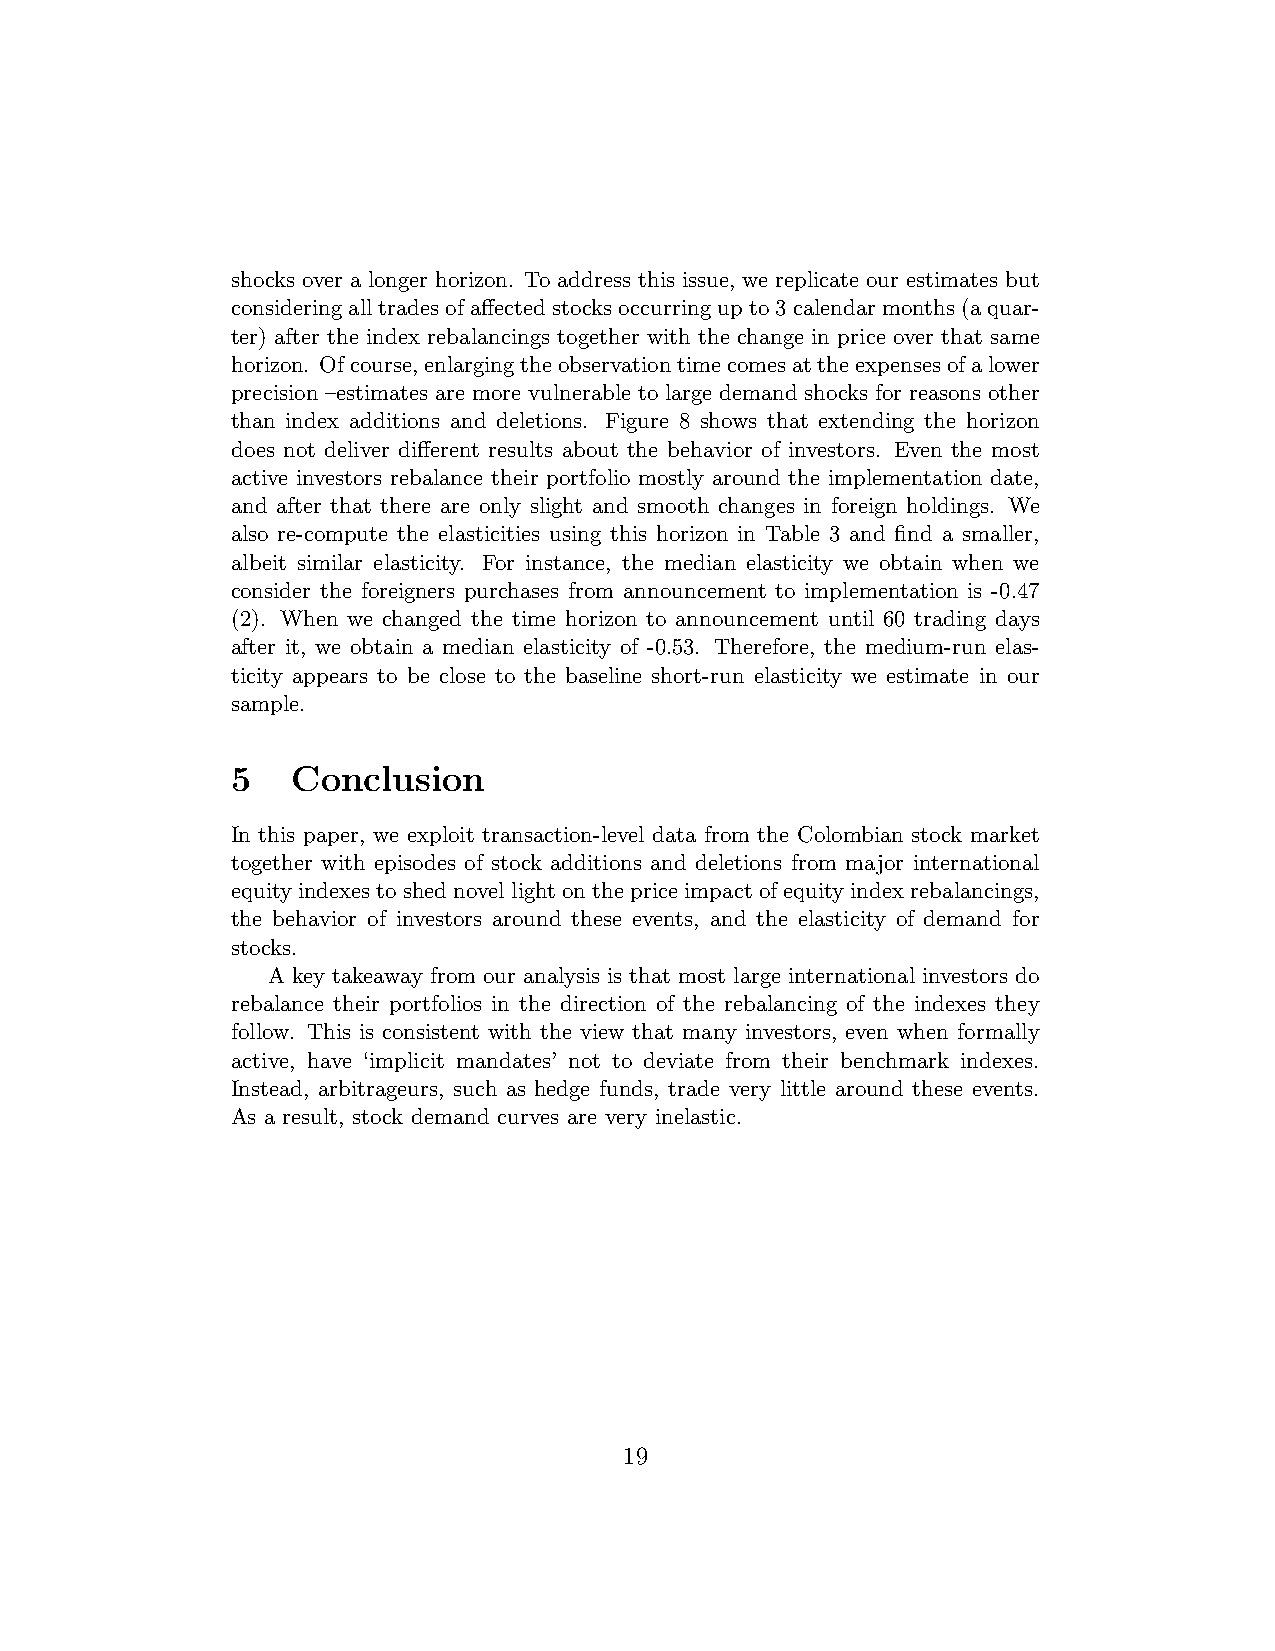
shocks over a longer horizon. To address this issue, we replicate our estimates but
 consideringalltradesofaffectedstocksoccurringupto3calendarmonths(aquar-
 ter) after the index rebalancings together with the change in price over that same
 horizon. Ofcourse,enlargingtheobservationtimecomesattheexpensesofalower
 precision –estimates are more vulnerable to large demand shocks for reasons other
 than index additions and deletions. Figure 8 shows that extending the horizon
 does not deliver different results about the behavior of investors. Even the most
 active investors rebalance their portfolio mostly around the implementation date,
 and after that there are only slight and smooth changes in foreign holdings. We
 also re-compute the elasticities using this horizon in Table 3 and find a smaller,
 albeit similar elasticity. For instance, the median elasticity we obtain when we
 consider the foreigners purchases from announcement to implementation is -0.47
 (2). When we changed the time horizon to announcement until 60 trading days
 after it, we obtain a median elasticity of -0.53. Therefore, the medium-run elas-
 ticity appears to be close to the baseline short-run elasticity we estimate in our
 sample.
 5   Conclusion
 In this paper, we exploit transaction-level data from the Colombian stock market
 together with episodes of stock additions and deletions from major international
 equity indexes toshed novellight ontheprice impactofequity indexrebalancings,
 the behavior of investors around these events, and the elasticity of demand for
 stocks.
 A key takeaway from our analysis is that most large international investors do
 rebalance their portfolios in the direction of the rebalancing of the indexes they
 follow. This is consistent with the view that many investors, even when formally
 active, have ‘implicit mandates’ not to deviate from their benchmark indexes.
 Instead, arbitrageurs, such as hedge funds, trade very little around these events.
 As a result, stock demand curves are very inelastic.
 19